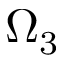
\Omega _ { 3 }